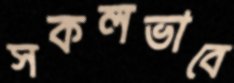
সকলভাবে